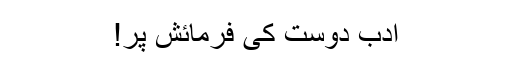
ادب دوست کی فرمائش پر!